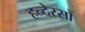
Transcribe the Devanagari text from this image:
हन्देरसों